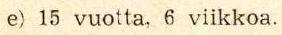
e) 15 vuotta, 6 viikkoa.